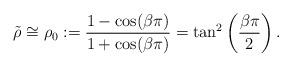
LaTeX: \begin{align*} \tilde{\rho} \cong \rho_0 := \frac{1-\cos (\beta \pi)}{1+\cos (\beta \pi)} = \tan^2 \left(\frac{\beta \pi}{2}\right).\end{align*}